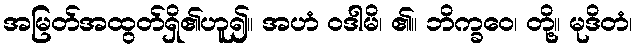
အမြတ်အထွတ်ရှိ၏ဟူ၍။ အဟံ ဝဒါမိ၊ ၏။ ဘိက္ခဝေ၊ တို့။ မုဒိတံ၊